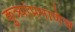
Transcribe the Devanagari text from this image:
कुत्र्यांप्रमाणेच